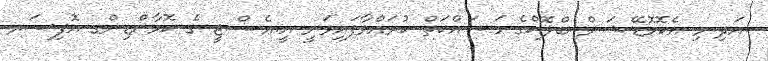
އަދި މި އެކޮމޮޑޭޝަން ބްލޮކްގެ މަސައްކަތް ކުރައްވާފައިވަނީ އީ.އެސް.ޖީ ގެ ކޮމާންޑިންގ އޮފިސަރ